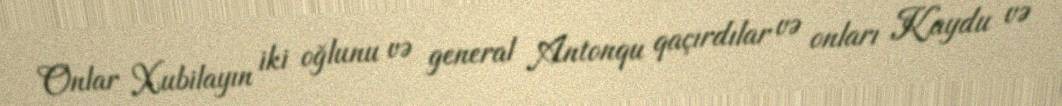
Onlar Xubilayın iki oğlunu və general Antonqu qaçırdılar və onları Kaydu və